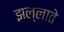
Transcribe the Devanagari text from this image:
झल्लाते